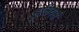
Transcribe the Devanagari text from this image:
हूसियर्स